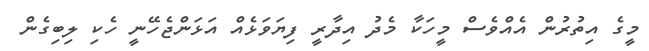
މީގެ އިތުރުން އެއްވެސް މީހަކާ މެދު އިދާރީ ފިޔަވަޅެއް އަޅަންޖެހޭނީ ހެކި ލިބިގެން